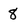
Character: 8